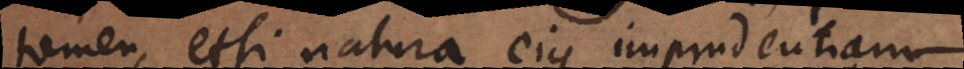
tamen, etsi natura ejus imprudentiam